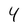
Character: 4